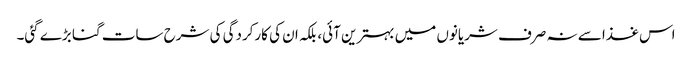
اس غذا سے نہ صرف شریانوں میں بہترین آئی، بلکہ ان کی کارکردگی کی شرح سات گنا بڑے گئی۔